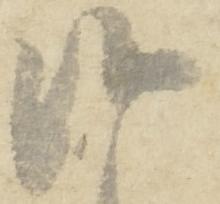
候